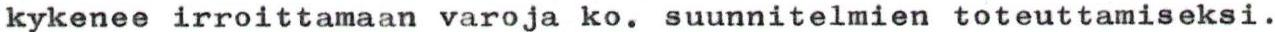
kykenee irroittamaan varoja ko. suunnitelmien toteuttamiseksi.